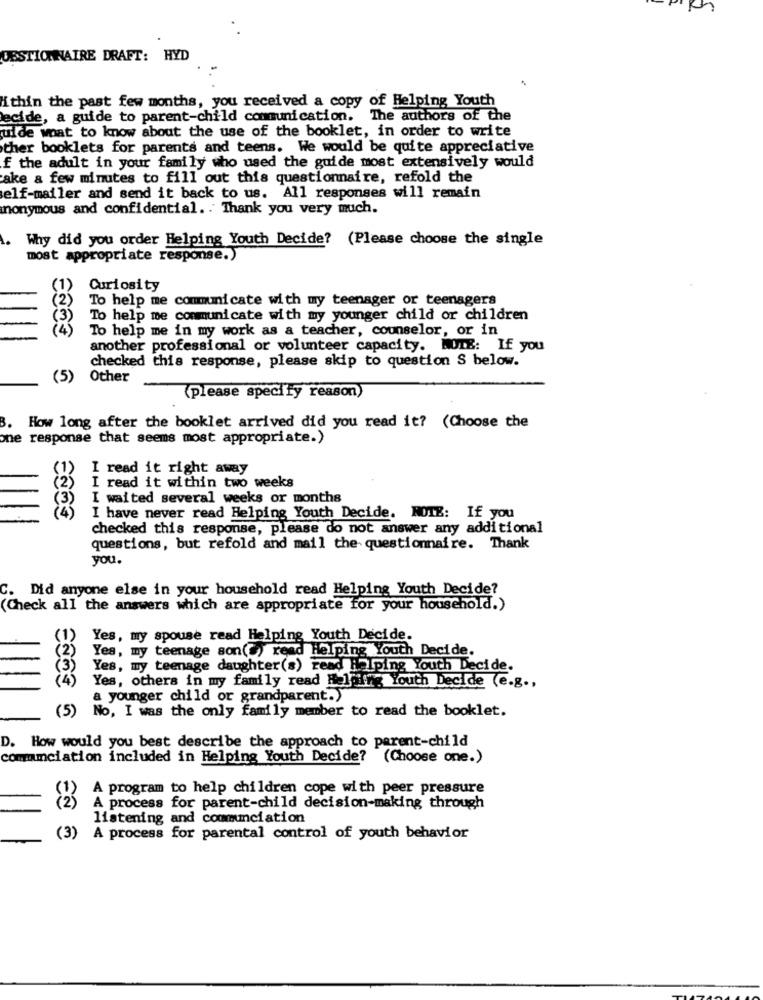
GESTIONNAIRE DRAFT: HYD
ithin the past few months, you received a copy of Helping Youth
lecide, a guide to parent-child communication. The authors of the
uide what to know about the use of the booklet, in order to write
ther booklets for parents and teens. We would be quite appreciative
f the adult in your family who used the guide most extensively would
ake a few minutes to fill out this questionnaire, refold the
elf-mailer and send it back to us. All responses will remain
nonymous and confidential. . Thank you very much.
Why did you order Helping Youth Decide? (Please choose the single
most appropriate response.)
Curiosity
To help me communicate with my teenager or teenagers
To help me communicate with my younger child or children
To help me in my work as a teacher, counselor, or in
another professional or volunteer capacity. WOIE: If you
checked this response, please skip to question S below.
(5)
Other
(please specify reason)
How long after the booklet arrived did you read it? (Choose the
one response that seems most appropriate.)
(1)
I read it right away
I read it within two weeks
I waited several weeks or months
(4)
I have never read Helping Youth Decide. NOTE: If you
checked this response, please do not answer any additional
questions, but refold and mail the questionnaire. Thank
you.
C. Did anyone else in your household read Helping Youth Decide?
(Check all the answers which are appropriate for your household.)
Yes, my spouse read Helping Youth Decide.
Yes, my teenage son(") reed Helping Youth Decide.
Yes, my teenage daughter(s) read Helping Youth Decide.
Yes, others in my family read Helping Youth Decide (e.g .,
a younger child or grandparent.)
(5) No, I was the only family member to read the booklet.
D. How would you best describe the approach to parent-child
comamciation included in Helping Youth Decide? (Choose one.)
A program to help children cope with peer pressure
A process for parent-child decision-making through
listening and communciation
(3) A process for parental control of youth behavior